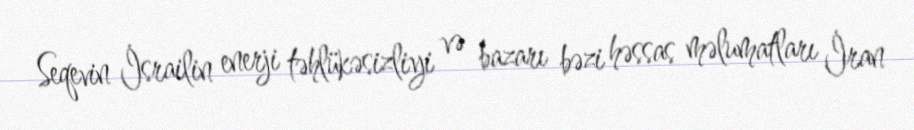
Seqevin İsrailin enerji təhlükəsizliyi və bazarı bəzi həssas məlumatları İran